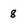
Character: 8